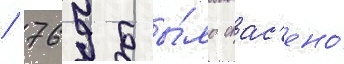
/ 769 бы́ло спас'ено́